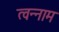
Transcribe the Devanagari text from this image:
त्वन्नाम